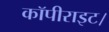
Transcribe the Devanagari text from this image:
कॉपीराइट।